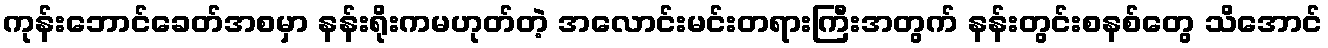
ကုန်းဘောင်ခေတ်အစမှာ နန်းရိုးကမဟုတ်တဲ့ အလောင်းမင်းတရားကြီးအတွက် နန်းတွင်းစနစ်တွေ သိအောင်